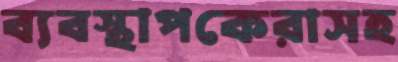
ব্যবস্থাপকেরাসহ